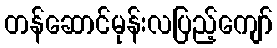
တန်ဆောင်မုန်းလပြည့်ကျော်